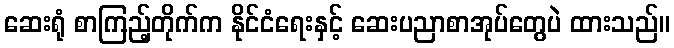
ဆေးရုံ စာကြည့်တိုက်က နိုင်ငံရေးနှင့် ဆေးပညာစာအုပ်တွေပဲ ထားသည်။